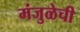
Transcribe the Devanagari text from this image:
मंजुळेची